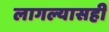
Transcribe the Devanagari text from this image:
लागल्यासही